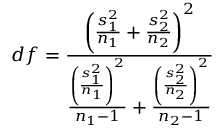
d f = { \frac { \left( { \frac { s _ { 1 } ^ { 2 } } { n _ { 1 } } } + { \frac { s _ { 2 } ^ { 2 } } { n _ { 2 } } } \right) ^ { 2 } } { { \frac { \left( { \frac { s _ { 1 } ^ { 2 } } { n _ { 1 } } } \right) ^ { 2 } } { n _ { 1 } - 1 } } + { \frac { \left( { \frac { s _ { 2 } ^ { 2 } } { n _ { 2 } } } \right) ^ { 2 } } { n _ { 2 } - 1 } } } }